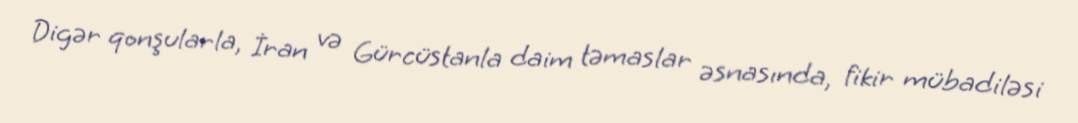
Digər qonşularla, İran və Gürcüstanla daim təmaslar əsnasında, fikir mübadiləsi